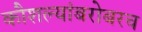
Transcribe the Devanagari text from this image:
कौशल्यांबरोबरच